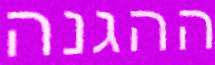
ההגנה